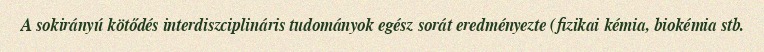
A sokirányú kötődés interdiszciplináris tudományok egész sorát eredményezte (fizikai kémia, biokémia stb.